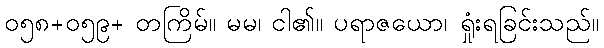
၀၅၈+၀၅၉+ တကြိမ်။ မမ၊ ငါ၏။ ပရာဇယော၊ ရှုံးရခြင်းသည်။